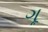
ગૂ